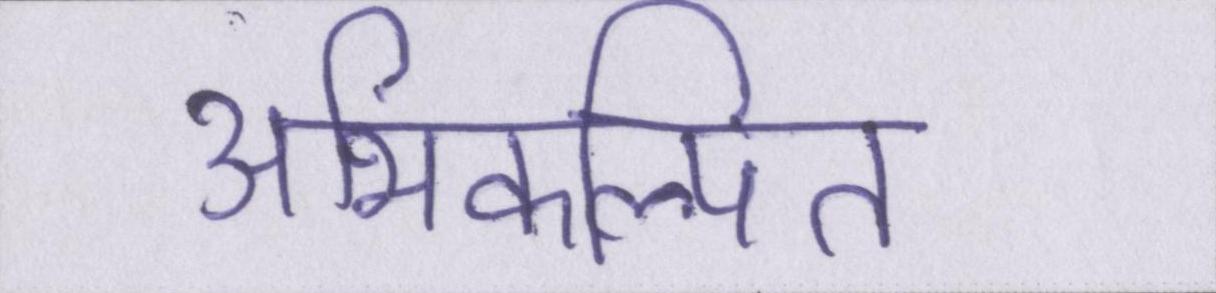
अभिकल्पित